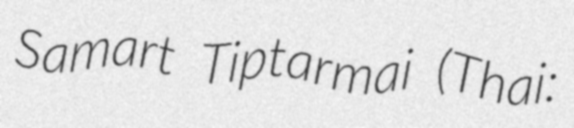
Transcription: Samart Tiptarmai (Thai: